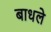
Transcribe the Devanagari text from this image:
बाधले